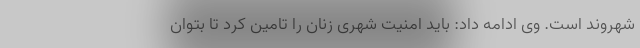
شهروند است. وی ادامه داد: باید امنیت شهری زنان را تامین کرد تا بتوان